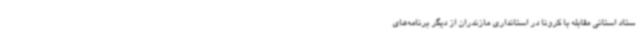
ستاد استانی مقابله با کرونا در استانداری مازندران از دیگر برنامه‌های